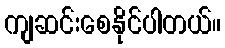
ကျဆင်းစေနိုင်ပါတယ်။